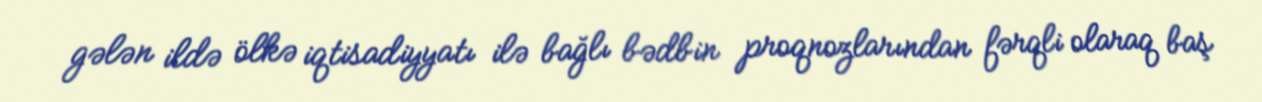
gələn ildə ölkə iqtisadiyyatı ilə bağlı bədbin proqnozlarından fərqli olaraq baş